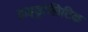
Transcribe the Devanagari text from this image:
हाइड्रोलिटिक